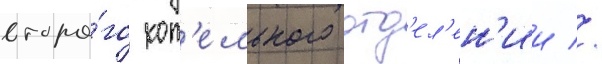
второ́го кот'ельного отд'ел'ен'ии //